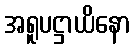
အရူပဋ္ဌာယိနော